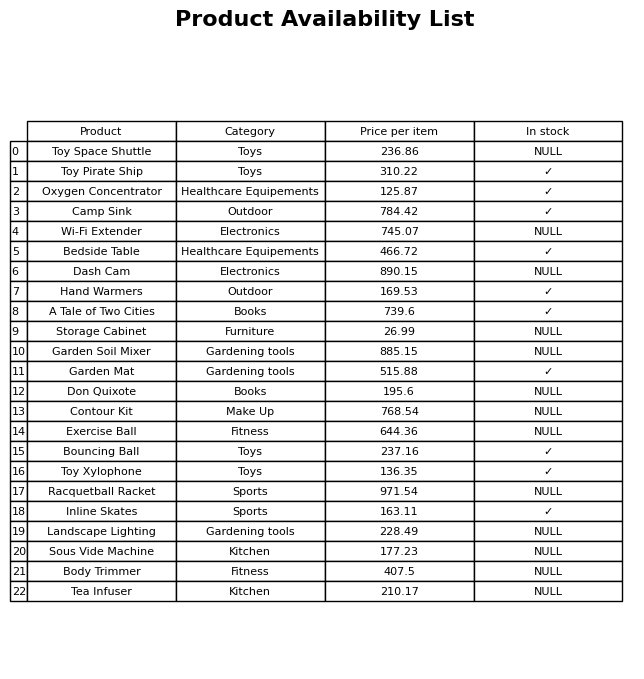
question: What is the price of the Oxygen Concentrator?
answer: The price of Oxygen Concentrator is 125.87.